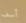
أسف